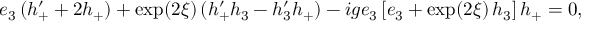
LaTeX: e _ { 3 } \, ( h _ { + } ^ { \prime } + 2 h _ { + } ) + \exp ( 2 \xi ) \, ( h _ { + } ^ { \prime } h _ { 3 } - h _ { 3 } ^ { \prime } h _ { + } ) - i g e _ { 3 } \, [ e _ { 3 } + \exp ( 2 \xi ) \, h _ { 3 } ] \, h _ { + } = 0 ,